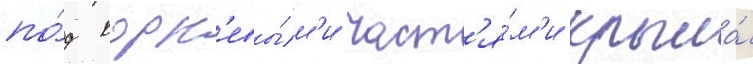
по́д корн'евы́м'и част'я́м'и крыла́